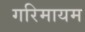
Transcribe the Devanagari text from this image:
गरिमायम